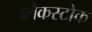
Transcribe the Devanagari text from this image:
ब्लैकस्टोक